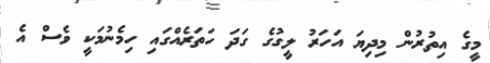
މީގެ އިތުރުން މިދިޔަ އަހަރު ލީގުގެ ގަދަ ހަތަރެއްގައި ހިމެނުމަކީ ވެސް އެ